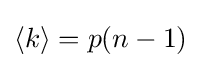
\langle k\rangle =p(n-1)